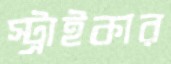
স্ট্রাইকার